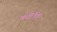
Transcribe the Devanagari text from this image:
क्योंकि्